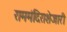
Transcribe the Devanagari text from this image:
राममंदिराशेजारी